Cholera in southern India
Disease focus: Cholera
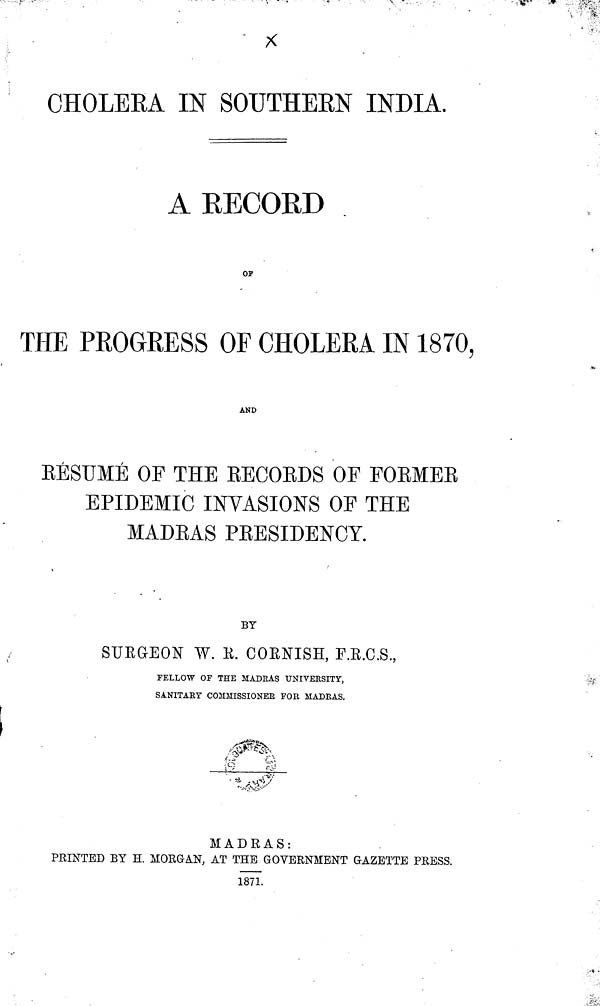
CHOLERA IN SOUTHERN INDIA.
A RECORD
OP
THE PROGRESS OF CHOLERA IN 1870,
AND
RESUME OF THE RECORDS OF FORMER
EPIDEMIC INVASIONS OF THE
MADRAS PRESIDENCY.
BY
SURGEON W. R. CORNISH, F.R.C.S.,
FELLOW OF THE MADRAS UNIVERSITY,
SANITARY COMMISSIONER FOR MADRAS.
MADRAS:
PRINTED BY H. MORGAN, AT THE GOVERNMENT GAZETTE PRESS.
1871.